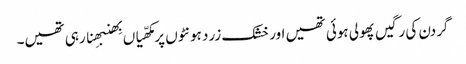
گردن کی رگیں پھولی ہوئی تھیں اور خشک زرد ہونٹوں پر مکھّیاں بِھنبھِنا رہی تھیں۔